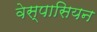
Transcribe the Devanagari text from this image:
वेस्पासियन